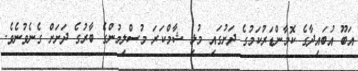
އަބޫ އުބައިދާގެ ކޮމާންޑަރުކަމުގެ ދަށުގައި މުޅި ޝާމްކަރަ މުސްލިމުންގެ ބާރުގެ ދަށަށް ގެނެވުނެވެ.